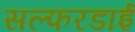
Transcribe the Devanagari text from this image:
सल्फरडाई